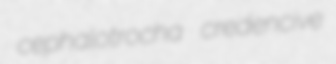
cephalotrocha credencive